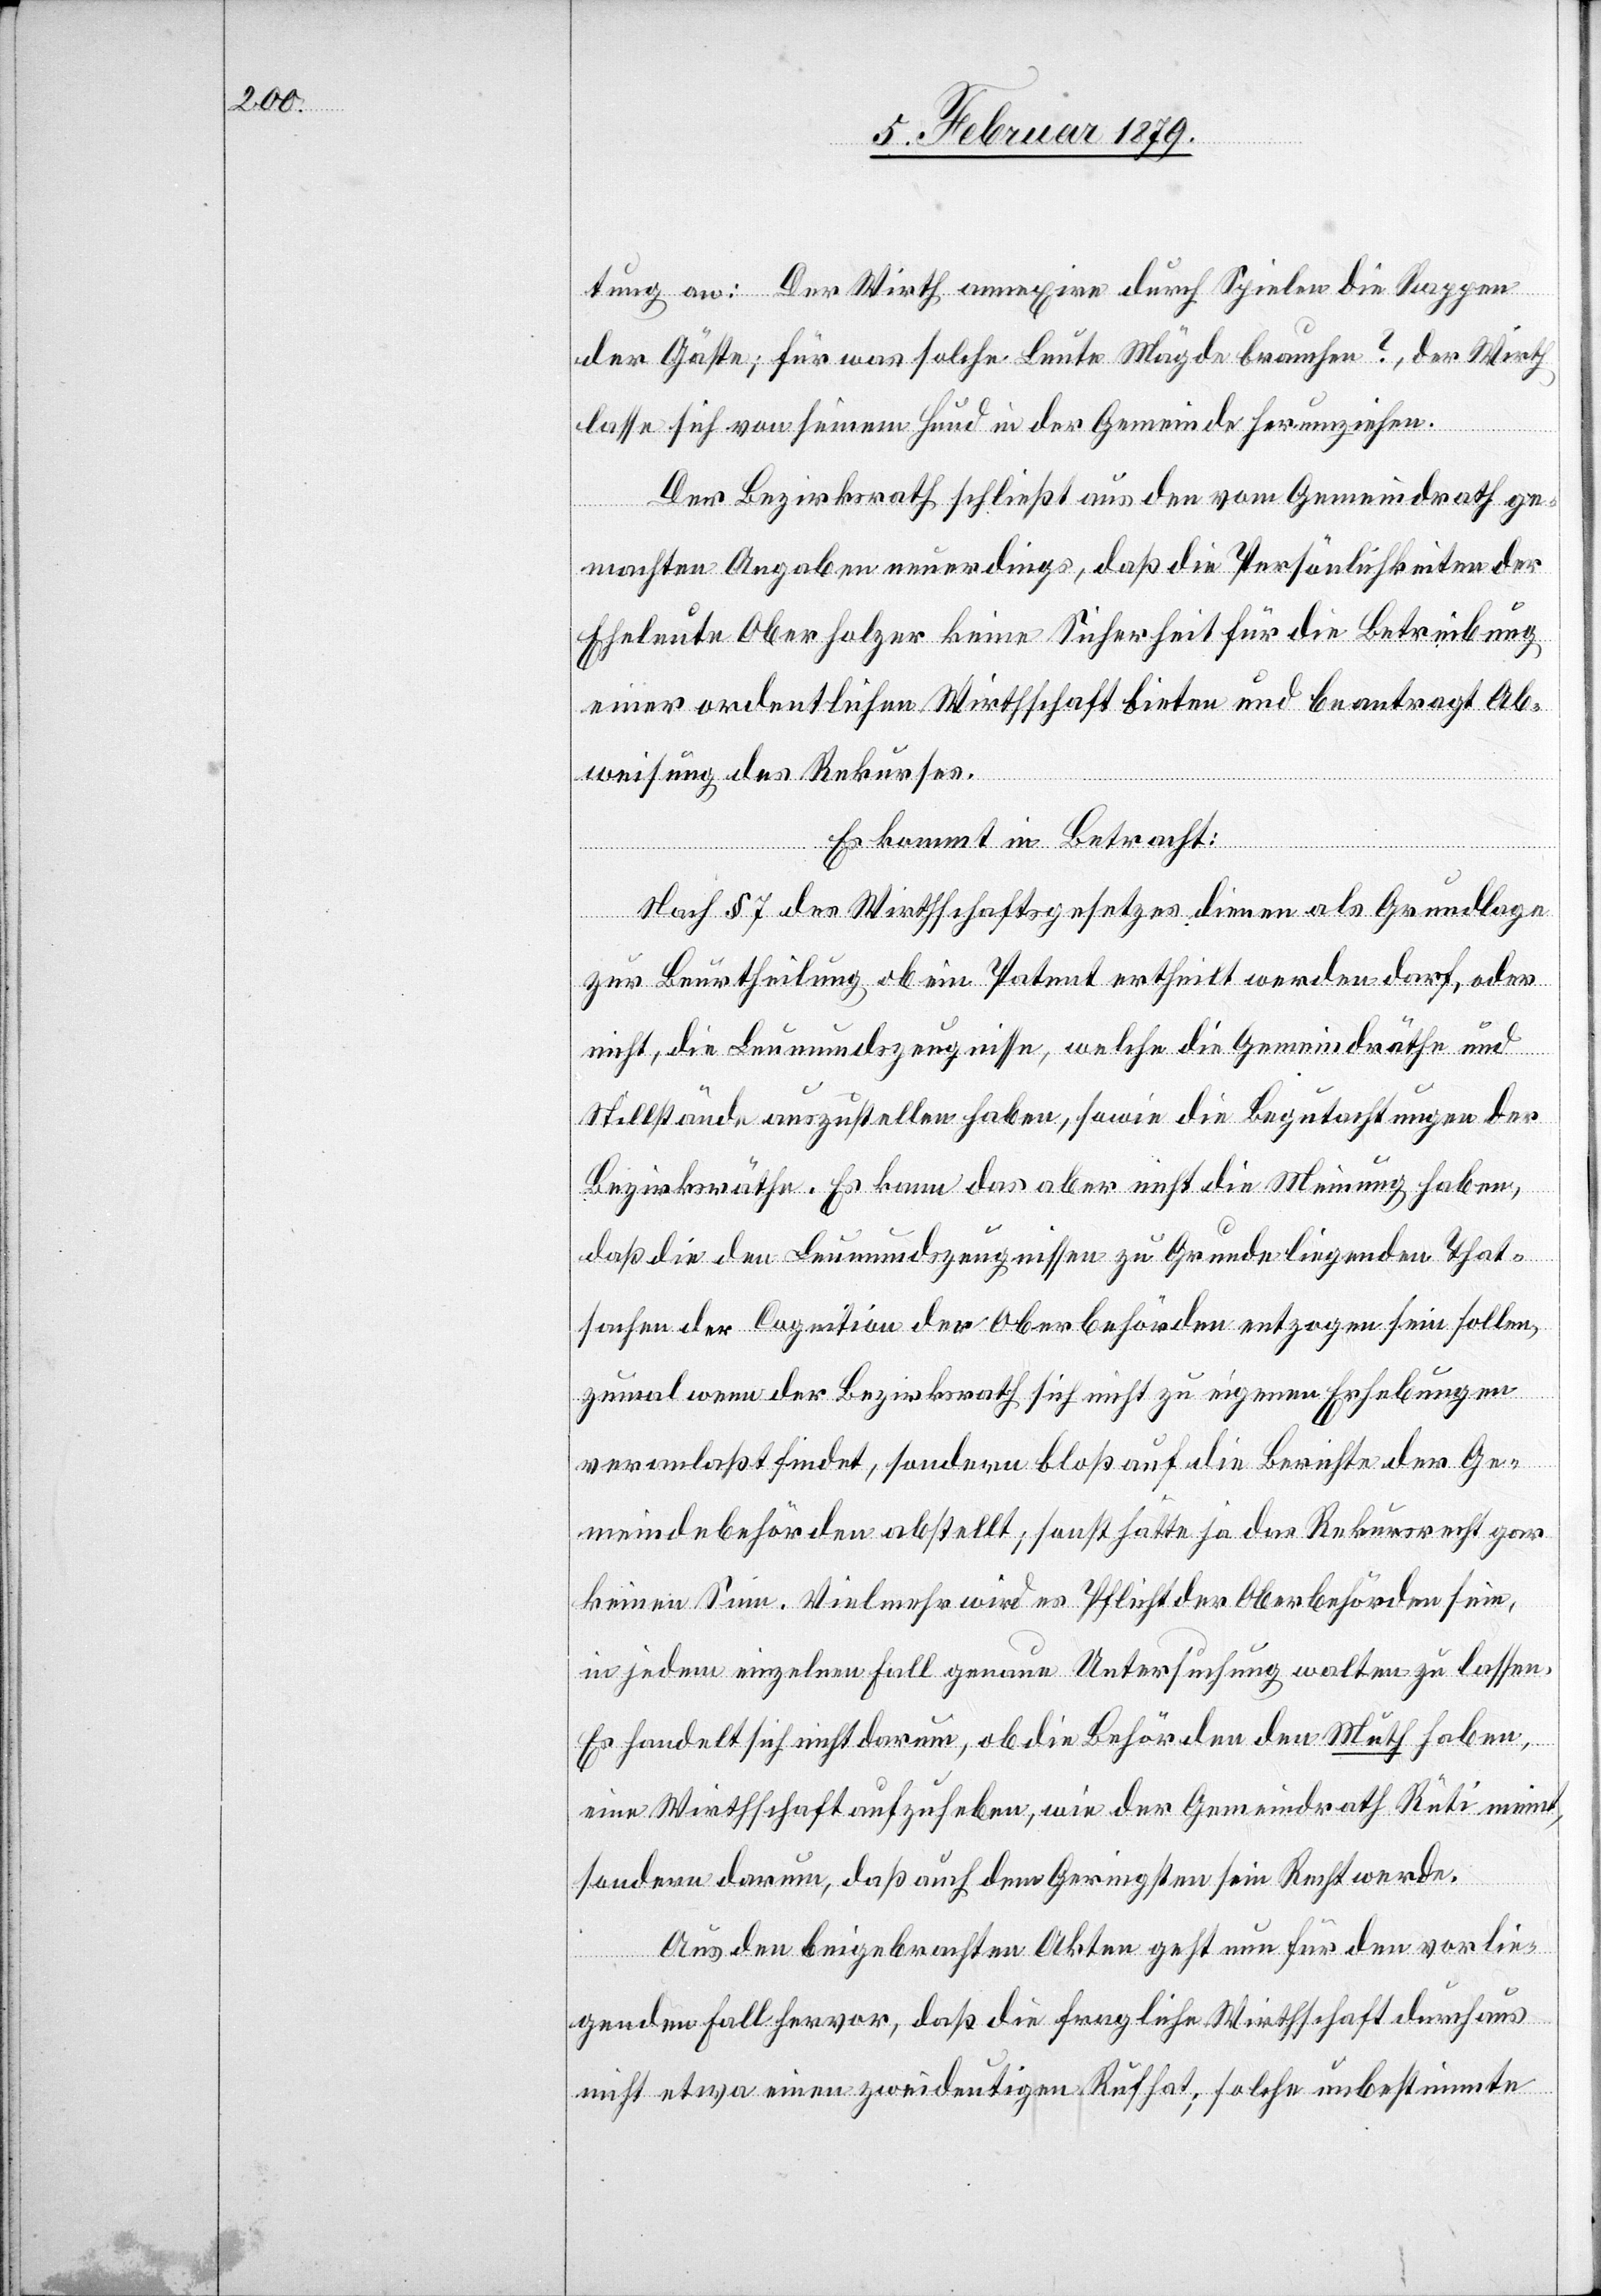
tung an: Der Wirth annexire durch Spielen die Rappen
der Gäste; für was solche Leute Mägde brauchen?, der Wirth
lasse sich von seinem Hund in der Gemeinde herumziehen.
Der Bezirksrath schließt aus den vom Gemeindrath ge¬
machten Angaben neuerdings, daß die Persönlichkeiten der
Eheleute Oberholzer keine Sicherheit für die Betreibung
einer ordentlichen Wirthschaft bieten und beantragt Ab¬
weisung des Rekurses.
Es kommt in Betracht:
Nach § 7 des Wirthschaftsgesetzes dienen als Grundlage
zur Beurtheilung ob ein Patent ertheilt werden darf, oder
nicht, die Leumundszeugnisse, welche die Gemeindräthe und
Stillstände auszustellen haben, sowie die Begutachtungen der
Bezirksräthe. Es kann das aber nicht die Meinung haben,
daß die den Leumundszeugnissen zu Grunde liegenden That¬
sachen der Cognition der Oberbehörden entzogen sein sollen,
zumal wenn der Bezirksrath sich nicht zu eigenen Erhebungen
veranlaßt findet, sondern bloß auf die Berichte der Ge¬
meindebehörden abstellt; sonst hätte ja das Rekursrecht gar
keinen Sinn. Vielmehr wird es Pflicht der Oberbehörden sein,
in jedem einzelnen Fall genau Untersuchung walten zu lassen.
Es handelt sich nicht darum, ob die Behörden den Muth haben,
eine Wirthschaft aufzuheben, wie der Gemeindrath Rüti meint,
sondern darum, daß auch dem Geringsten sein Recht werde.
Aus den beigebrachten Akten geht nun für den vorlie¬
genden Fall hervor, daß die fragliche Wirthschaft durchaus
nicht etwa einen zweideutigen Ruf hat; solche unbestimmte